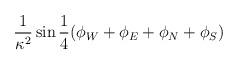
LaTeX: \begin{align*} \frac{1}{\kappa^2} \sin{\frac{1}{4} (\phi_W + \phi_E + \phi_N + \phi_S )}\end{align*}